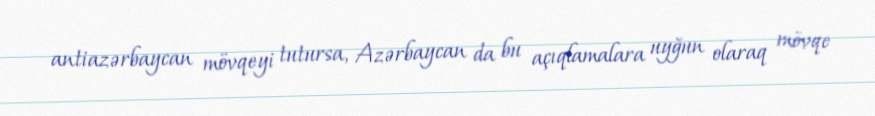
antiazərbaycan mövqeyi tutursa, Azərbaycan da bu açıqlamalara uyğun olaraq mövqe